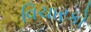
વિચારકો